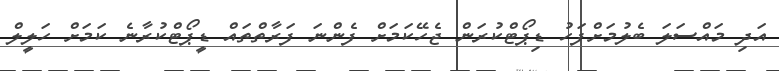
އަދި މައްސަލަ ބެލުމަށްފަހު ޑިޕޯޓްކުރަން ޖެހޭކަމަށް ފެންނަ ފަރާތްތައް ޑީޕޯޓްކުރާނެ ކަމަށް ހަލީލް